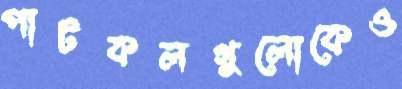
পাটকলগুলোকেও